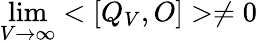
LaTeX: \operatorname*{lim}_{V\rightarrow\infty}<[Q_{V},O]>\ne 0